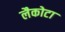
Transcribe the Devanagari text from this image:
लैकोटा